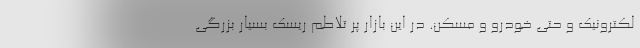
لکترونیک و حتی خودرو و مسکن. در این بازار پر تلاطم ریسک بسیار بزرگی